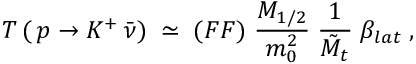
T \, ( \, p \rightarrow K ^ { + } \, \bar { \nu } ) \; \simeq \; ( F F ) \; \frac { M _ { 1 / 2 } } { m _ { 0 } ^ { 2 } } \; \frac { 1 } { \tilde { M } _ { t } } \; \beta _ { l a t } \; ,